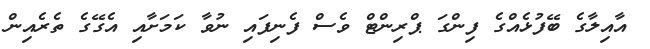
އާއިލާގެ ބޭފުޅެއްގެ ފިންގަ ޕްރިންޓް ވެސް ފެނިފައި ނުވާ ކަމަށާއި އެގޭގެ ތެރެއިން